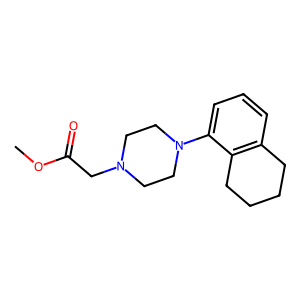
SMILES: COC(=O)CN1CCN(c2cccc3c2CCCC3)CC1
Inhibits HIV replication: No